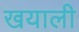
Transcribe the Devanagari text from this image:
खयाली